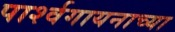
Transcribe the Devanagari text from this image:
पार्श्वगायनाच्या